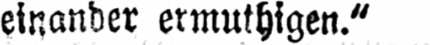
einander ermuthigen.“